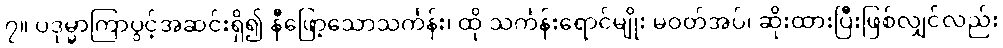
၇။ ပဒုမ္မာကြာပွင့်အဆင်းရှိ၍ နီဖြော့သောသင်္ကန်း၊ ထို သင်္ကန်းရောင်မျိုး မဝတ်အပ်၊ ဆိုးထားပြီးဖြစ်လျှင်လည်း